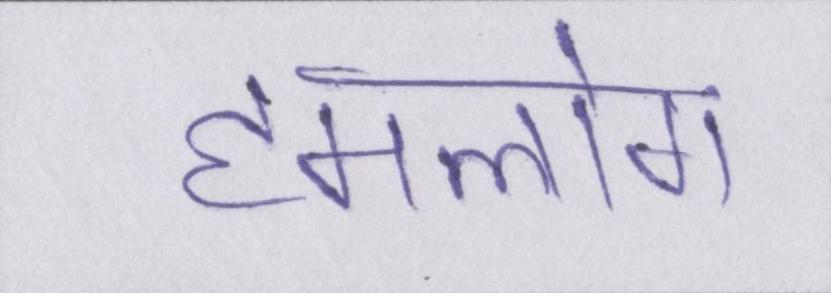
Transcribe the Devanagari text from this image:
हमलोग